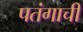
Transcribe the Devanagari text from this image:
पतंगाची